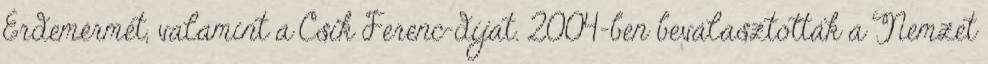
Érdemérmét, valamint a Csík Ferenc-díjat. 2004-ben beválasztották a Nemzet